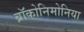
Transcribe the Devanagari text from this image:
ब्रॉकोनिमोनिया